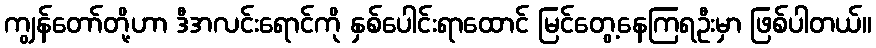
ကျွန်တော်တို့ဟာ ဒီအလင်းရောင်ကို နှစ်ပေါင်းရာထောင် မြင်တွေ့နေကြရဦးမှာ ဖြစ်ပါတယ်။